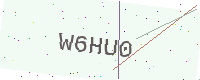
Text: W6HU0